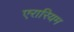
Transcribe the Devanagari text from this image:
एरारियम